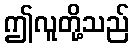
ဤလူတို့သည်